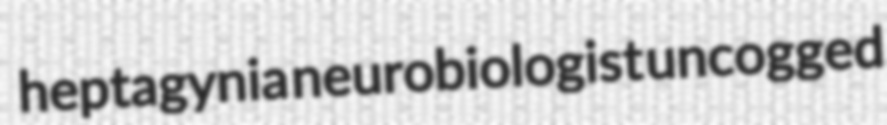
heptagynia neurobiologist uncogged